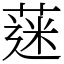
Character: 蒾